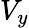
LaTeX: V_{y}